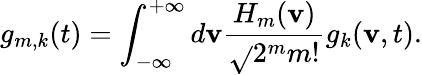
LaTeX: g_{m,k}(t)=\int_{-\infty}^{+\infty}d\mathbf{v}\frac{{H_{m}(\mathbf{v})}}{{\sqrt{}{{2^{m}m!}}}}g_{k}(\mathbf{v},t).